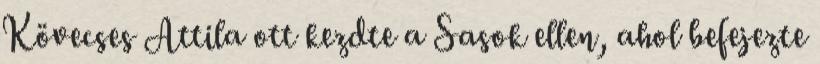
Kövecses Attila ott kezdte a Sasok ellen, ahol befejezte